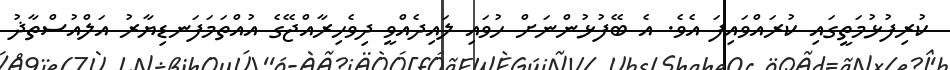
ކުރިފުޅުމަތީގައި ކުރައްވައިފަ އެވެ. އެ ބޭފުޅުންނަށް ހުވައި ލައިދެއްވީ ދިވެހިރާއްޖޭގެ އުއްތަމަފަނޑިޔާރު އަލްއުސްތާޛު